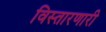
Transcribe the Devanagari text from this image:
विस्तारणारी